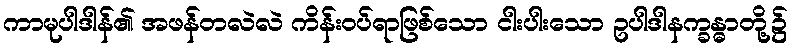
ကာမုပါဒါန်၏ အဖန်တလဲလဲ ကိန်းဝပ်ရာဖြစ်သော ငါးပါးသော ဥပါဒါနက္ခန္ဓာတို့၌